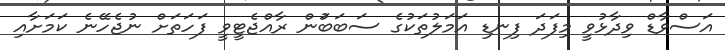
އަސްވާޑް ވިދާޅުވީ މިފަދަ ފިނޑި އަމަލުތަކުގެ ސަބަބަުން ރާއްޖެޓީވީ ފަހަތަށް ނުޖެހޭނެ ކަމަށާއި